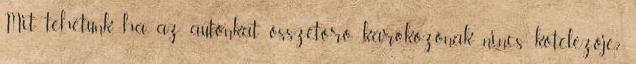
Mit tehetünk, ha az autónkat összetörő károkozónak nincs kötelezője?